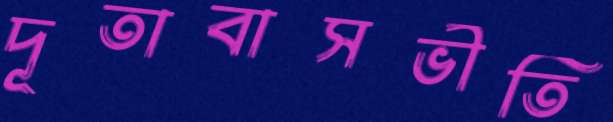
দূতাবাসভীতি